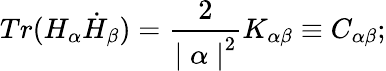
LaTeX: Tr(H_{\alpha}\dot{H}_{\beta})={\frac{2}{{\mid\alpha\mid}^{2}}}K_{\alpha\beta}\equiv C_{\alpha\beta};